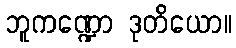
ဘူကဏ္ဍော ဒုတိယော။